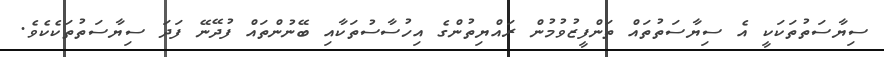
ސިޔާސަތުތަކަކީ އެ ސިޔާސަތުތައް ތަންފީޒުވުމުން ރައްޔިތުންގެ އިހުސާސުތަކާއި ބޭނުންތައް ފުދޭނޭ ފަަދަ ސިޔާސަތުތަކެކެވެ.